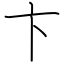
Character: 卞